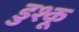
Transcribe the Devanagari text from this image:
डुश्कू